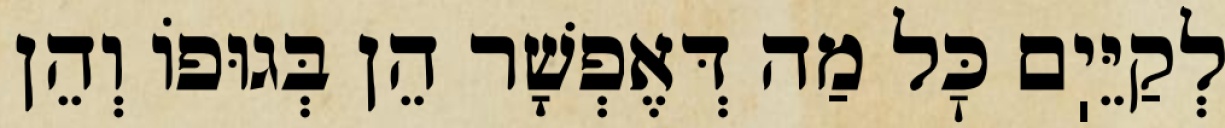
לְקַיֵּיֽם כׇּל מַה דְּאֶפְשָׁר הֵן בְּגוּפוֹ וְהֵן